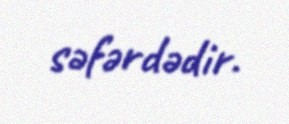
səfərdədir.